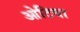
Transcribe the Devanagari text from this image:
ओटिया